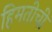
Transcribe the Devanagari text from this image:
हिमतीची